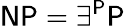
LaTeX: {\mathsf{NP}}=\exists^{\mathsf{P}}{\mathsf{P}}